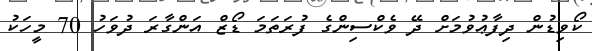
ކޯވިޑުން ދިފާޢުވުމަށް ދޭ ވެކްސިންގެ ފުރަތަމަ ޑޯޒް އަންގާރަ ދުވަހު 70 މީހަކު